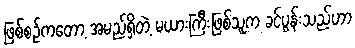
ဖြစ်စဉ်ကတော့ အမည်ရှိတဲ့ မယားကြီးဖြစ်သူက ခင်ပွန်းသည်ဟာ